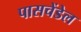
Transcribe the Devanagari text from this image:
पासचेंडेल